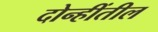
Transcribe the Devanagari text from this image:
दोन्हींतील